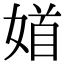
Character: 𡞝